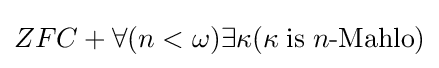
ZFC+\forall (n<\omega )\exists \kappa (\kappa \;{\textrm {is}}\;n{\textrm {-Mahlo}})